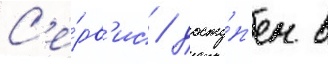
С'е́рв'ис / досту́п'ен в